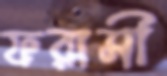
ফরাসী